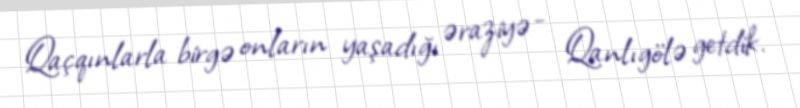
Qaçqınlarla birgə onların yaşadığı əraziyə - Qanlıgölə getdik.